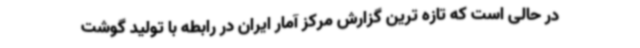
در حالی است که تازه ترین گزارش مرکز آمار ایران در رابطه با تولید گوشت